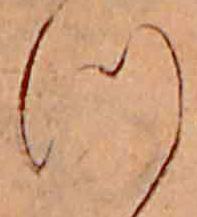
つ